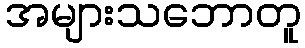
အများသဘောတူ